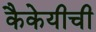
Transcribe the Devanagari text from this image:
कैकेयीची